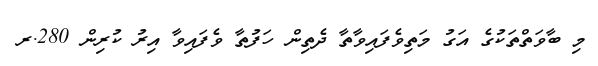
މި ބާވަތްތަކުގެ އަގު މަތިވެފައިވާތާ ދެތިން ހަފުތާ ވެފައިވާ އިރު ކުރިން 280.ރ